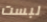
لبست